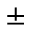
\pm